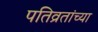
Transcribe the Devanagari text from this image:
पतिव्रतांच्या